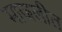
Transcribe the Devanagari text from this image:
माजलीत